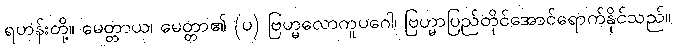
ရဟန်းတို့။ မေတ္တာယ၊ မေတ္တာ၏ (ပ) ဗြဟ္မလောကူပဂေါ၊ ဗြဟ္မာပြည်တိုင်အောင်ရောက်နိုင်သည်။